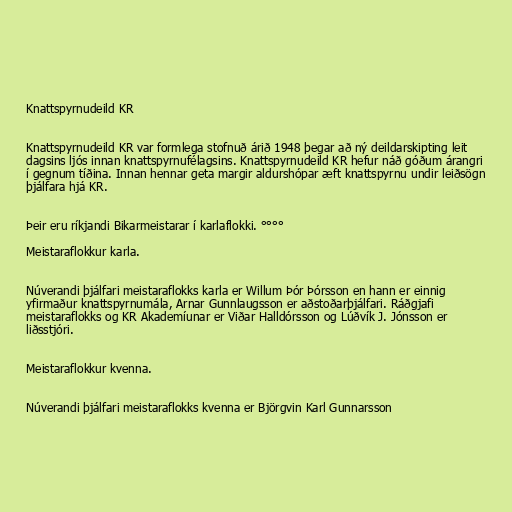
Knattspyrnudeild KR

Knattspyrnudeild KR var formlega stofnuð árið 1948 þegar að ný deildarskipting leit
dagsins ljós innan knattspyrnufélagsins. Knattspyrnudeild KR hefur náð góðum árangri
í gegnum tíðina. Innan hennar geta margir aldurshópar æft knattspyrnu undir leiðsögn
þjálfara hjá KR.

Þeir eru ríkjandi Bikarmeistarar í karlaflokki. °°°°

Meistaraflokkur karla.

Núverandi þjálfari meistaraflokks karla er Willum Þór Þórsson en hann er einnig
yfirmaður knattspyrnumála, Arnar Gunnlaugsson er aðstoðarþjálfari. Ráðgjafi
meistaraflokks og KR Akademíunar er Viðar Halldórsson og Lúðvík J. Jónsson er
liðsstjóri.

Meistaraflokkur kvenna.

Núverandi þjálfari meistaraflokks kvenna er Björgvin Karl Gunnarsson